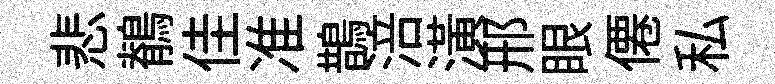
悲鶺佳准鵲涪潢邢眼僊私